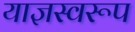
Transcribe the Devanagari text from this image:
याज्ञस्वरूप